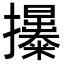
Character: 𢹯